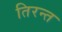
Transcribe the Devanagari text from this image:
तिरन्त